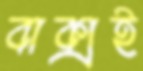
বাক্সই